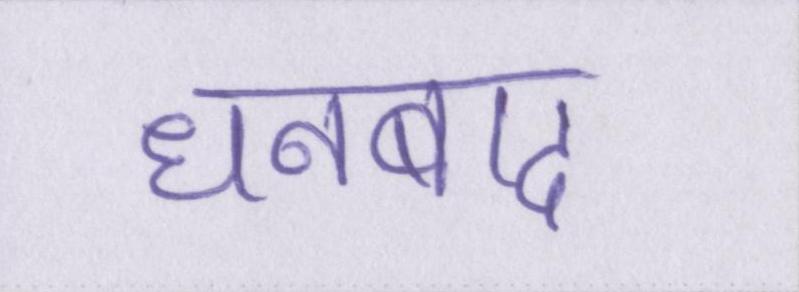
धनबाद